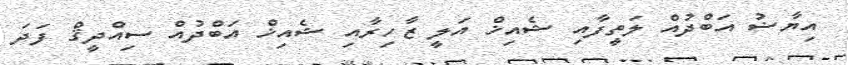
އިޔާޟު އަބްދުއް ލަތީފާއި ޝެއިޚް އަލީ ޒާހިރާއި ޝެއިޚް އަބްދުއް ސިއްދީޤް ފަދަ